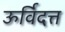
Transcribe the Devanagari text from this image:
ऊर्विदत्त